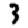
Digit: 3